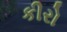
કીરો